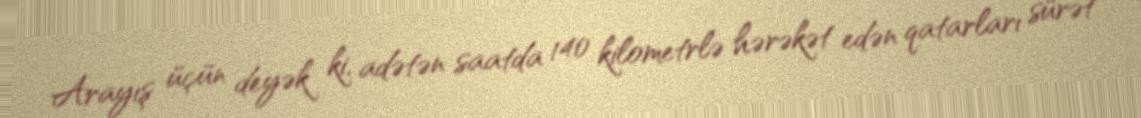
Arayış üçün deyək ki, adətən saatda 140 kilometrlə hərəkət edən qatarları sürət